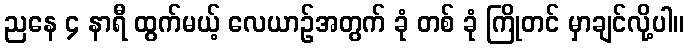
ညနေ ၄ နာရီ ထွက်မယ့် လေယာဉ်အတွက် ခုံ တစ် ခုံ ကြိုတင် မှာချင်လို့ပါ။